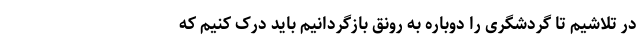
در تلاشیم تا گردشگری را دوباره به رونق بازگردانیم باید درک کنیم که